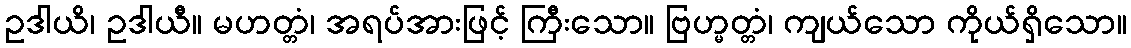
ဥဒါယိ၊ ဥဒါယီ။ မဟတ္တံ၊ အရပ်အားဖြင့် ကြီးသော။ ဗြဟ္မတ္တံ၊ ကျယ်သော ကိုယ်ရှိသော။